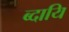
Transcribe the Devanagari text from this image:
ब्दायि